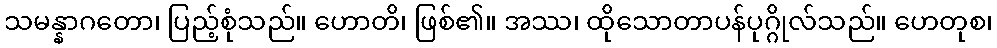
သမန္နာဂတော၊ ပြည့်စုံသည်။ ဟောတိ၊ ဖြစ်၏။ အဿ၊ ထိုသောတာပန်ပုဂ္ဂိုလ်သည်။ ဟေတုစ၊